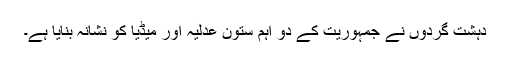
دہشت گردوں نے جمہوریت کے دو اہم ستون عدلیہ اور میڈیا کو نشانہ بنایا ہے۔